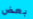
بعض